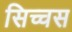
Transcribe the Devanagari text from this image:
सिच्चस